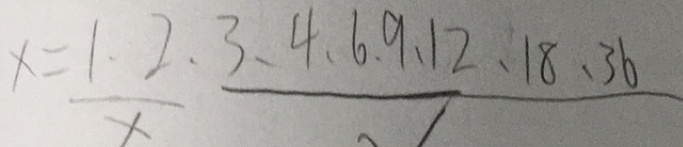
x = \frac { 1 . 2 } { x } . \frac { 3 . 4 . 6 . 9 . 1 2 . 1 8 . 3 6 } { √ }